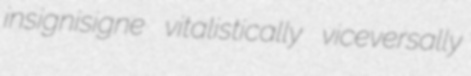
insignisigne vitalistically viceversally